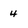
Character: 4